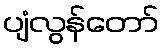
ပျံလွန်တော်